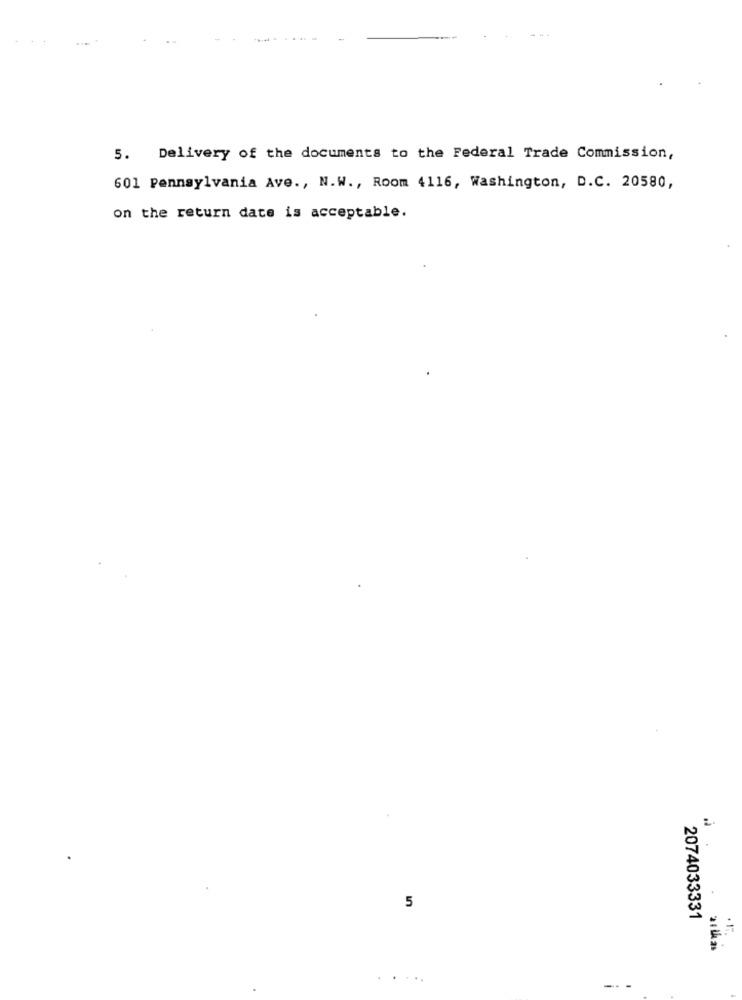
5. Delivery of the documents to the Federal Trade Commission,
601 Pennsylvania Ave ., N.W ., Room 4116, Washington, D.C. 20580,
on the return date is acceptable.
5
2074033331
..
-- -